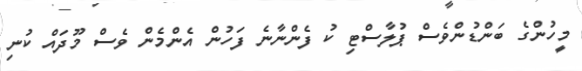
މީހުންގެ ބަންޑުންވެސް ޕުލާސްޓި ކު ފެންނާނެ ފަހުން އެންމެން ވެސް މޫދައް ކުނި